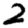
Digit: 2